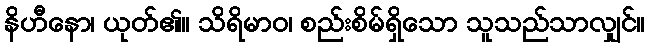
နိဟီနော၊ ယုတ်၏။ သိရိမာဝ၊ စည်းစိမ်ရှိသော သူသည်သာလျှင်။